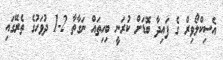
އެސިކްލޯވިރް ގެ ފައިދާ ބޮޑަށް ކުރަނީ ބިހިތައް ނަގާތާ 2-1 ދުވަހުގެ ތެރޭގައި